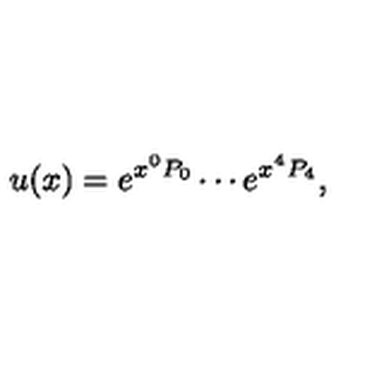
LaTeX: u ( x ) = e ^ { x ^ { 0 } P _ { 0 } } \cdots e ^ { x ^ { 4 } P _ { 4 } } ,